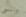
وننسى